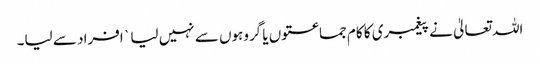
اللہ تعالیٰ نے پیغمبری کا کام جماعتوں یا گروہوں سے نہیں لیا ` افراد سے لیا۔